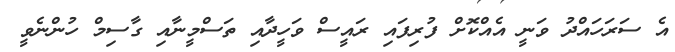
އެ ސަރަހައްދު ވަނީ އެއްކޮށް ފުރިފައި ރައީސް ވަހީދާއި ތަސްމީނާއި ގާސިމް ހުންނެވީ